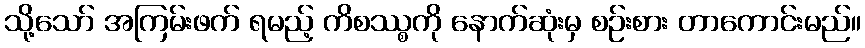
သို့သော် အကြမ်းဖက် ရမည့် ကိစဿ္စကို နောက်ဆုံးမှ စဉ်းစား တာကောင်းမည်။